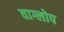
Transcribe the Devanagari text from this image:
वाग्लोप